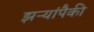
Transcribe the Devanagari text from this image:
झऱ्यांपैकी